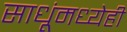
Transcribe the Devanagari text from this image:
साधूंमध्येही